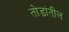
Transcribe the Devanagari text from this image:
तोडांतील